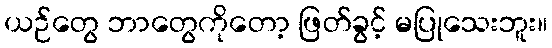
ယဉ်တွေ ဘာတွေကိုတော့ ဖြတ်ခွင့် မပြုသေးဘူး။